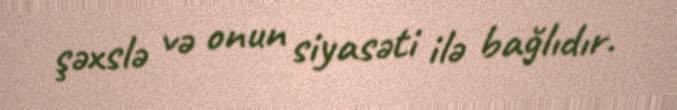
şəxslə və onun siyasəti ilə bağlıdır.